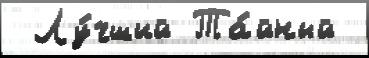
 Лу́чший Та́йный